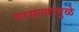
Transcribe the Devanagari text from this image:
घासल्यामुळे